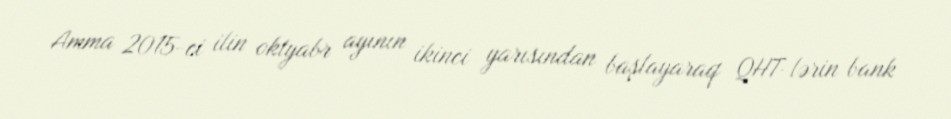
Amma 2015-ci ilin oktyabr ayının ikinci yarısından başlayaraq QHT-lərin bank